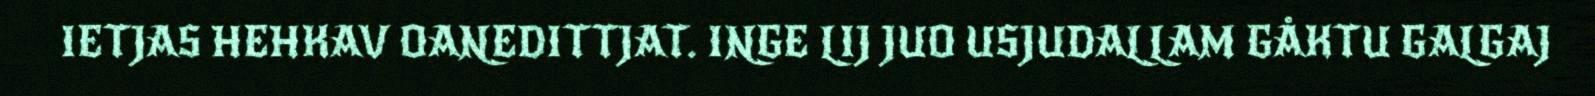
IETJAS HEHKAV OANEDITTJAT. INGE LIJ JUO USJUDALLAM GÅKTU GALGAJ